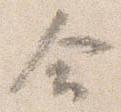
合